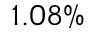
1 . 0 8 \%